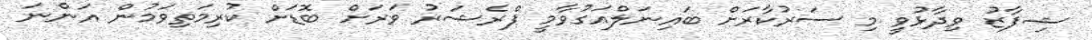
ޝިފާޒު ވިދާޅުވީ މި ސަރުކާރަށް ބައިނަލްއަގުވާމީ ޕްރެޝަރު ވަރަށް ބޮޑަށް ކުރިމަތިވަމުން އަންނަ